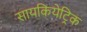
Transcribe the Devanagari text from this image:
सायकियेट्रिक